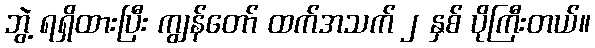
ဘွဲ့ ရရှိထားပြီး ကျွန်တော် ထက်အသက် ၂ နှစ် ပိုကြီးတယ်။